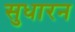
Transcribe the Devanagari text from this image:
सुधारन